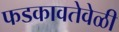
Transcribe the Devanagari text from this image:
फडकावतेवेळी